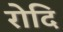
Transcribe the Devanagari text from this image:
रोदि